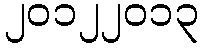
၂၀၁၂၂၀၁၃